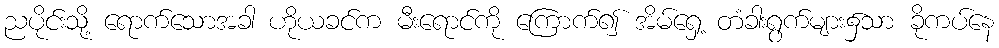
ညပိုင်းသို့ ရောက်သောအခါ ဟိုယခင်က မီးရောင်ကို ကြောက်၍ အိမ်ရှေ့ တံခါးရွက်များ၌သာ ခိုကပ်နေ